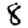
Digit: 8